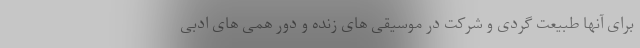
برای آنها طبیعت گردی و شرکت در موسیقی های زنده و دور همی های ادبی